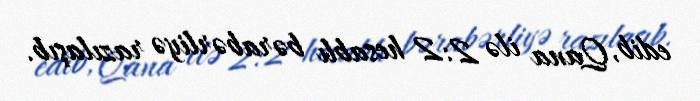
edib, Qana ilə 2:2 hesablı bərabərliyə razılaşıb.